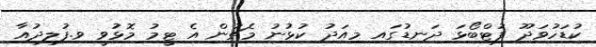
ކުޑަހުވަދޫ ފުޓްބޯޅަ ދަނޑުގައި މިއަދު ކުޅުނު މެޗުން އެ ޓީމު މޮޅުވީ ވ.ފުލިދުއާ